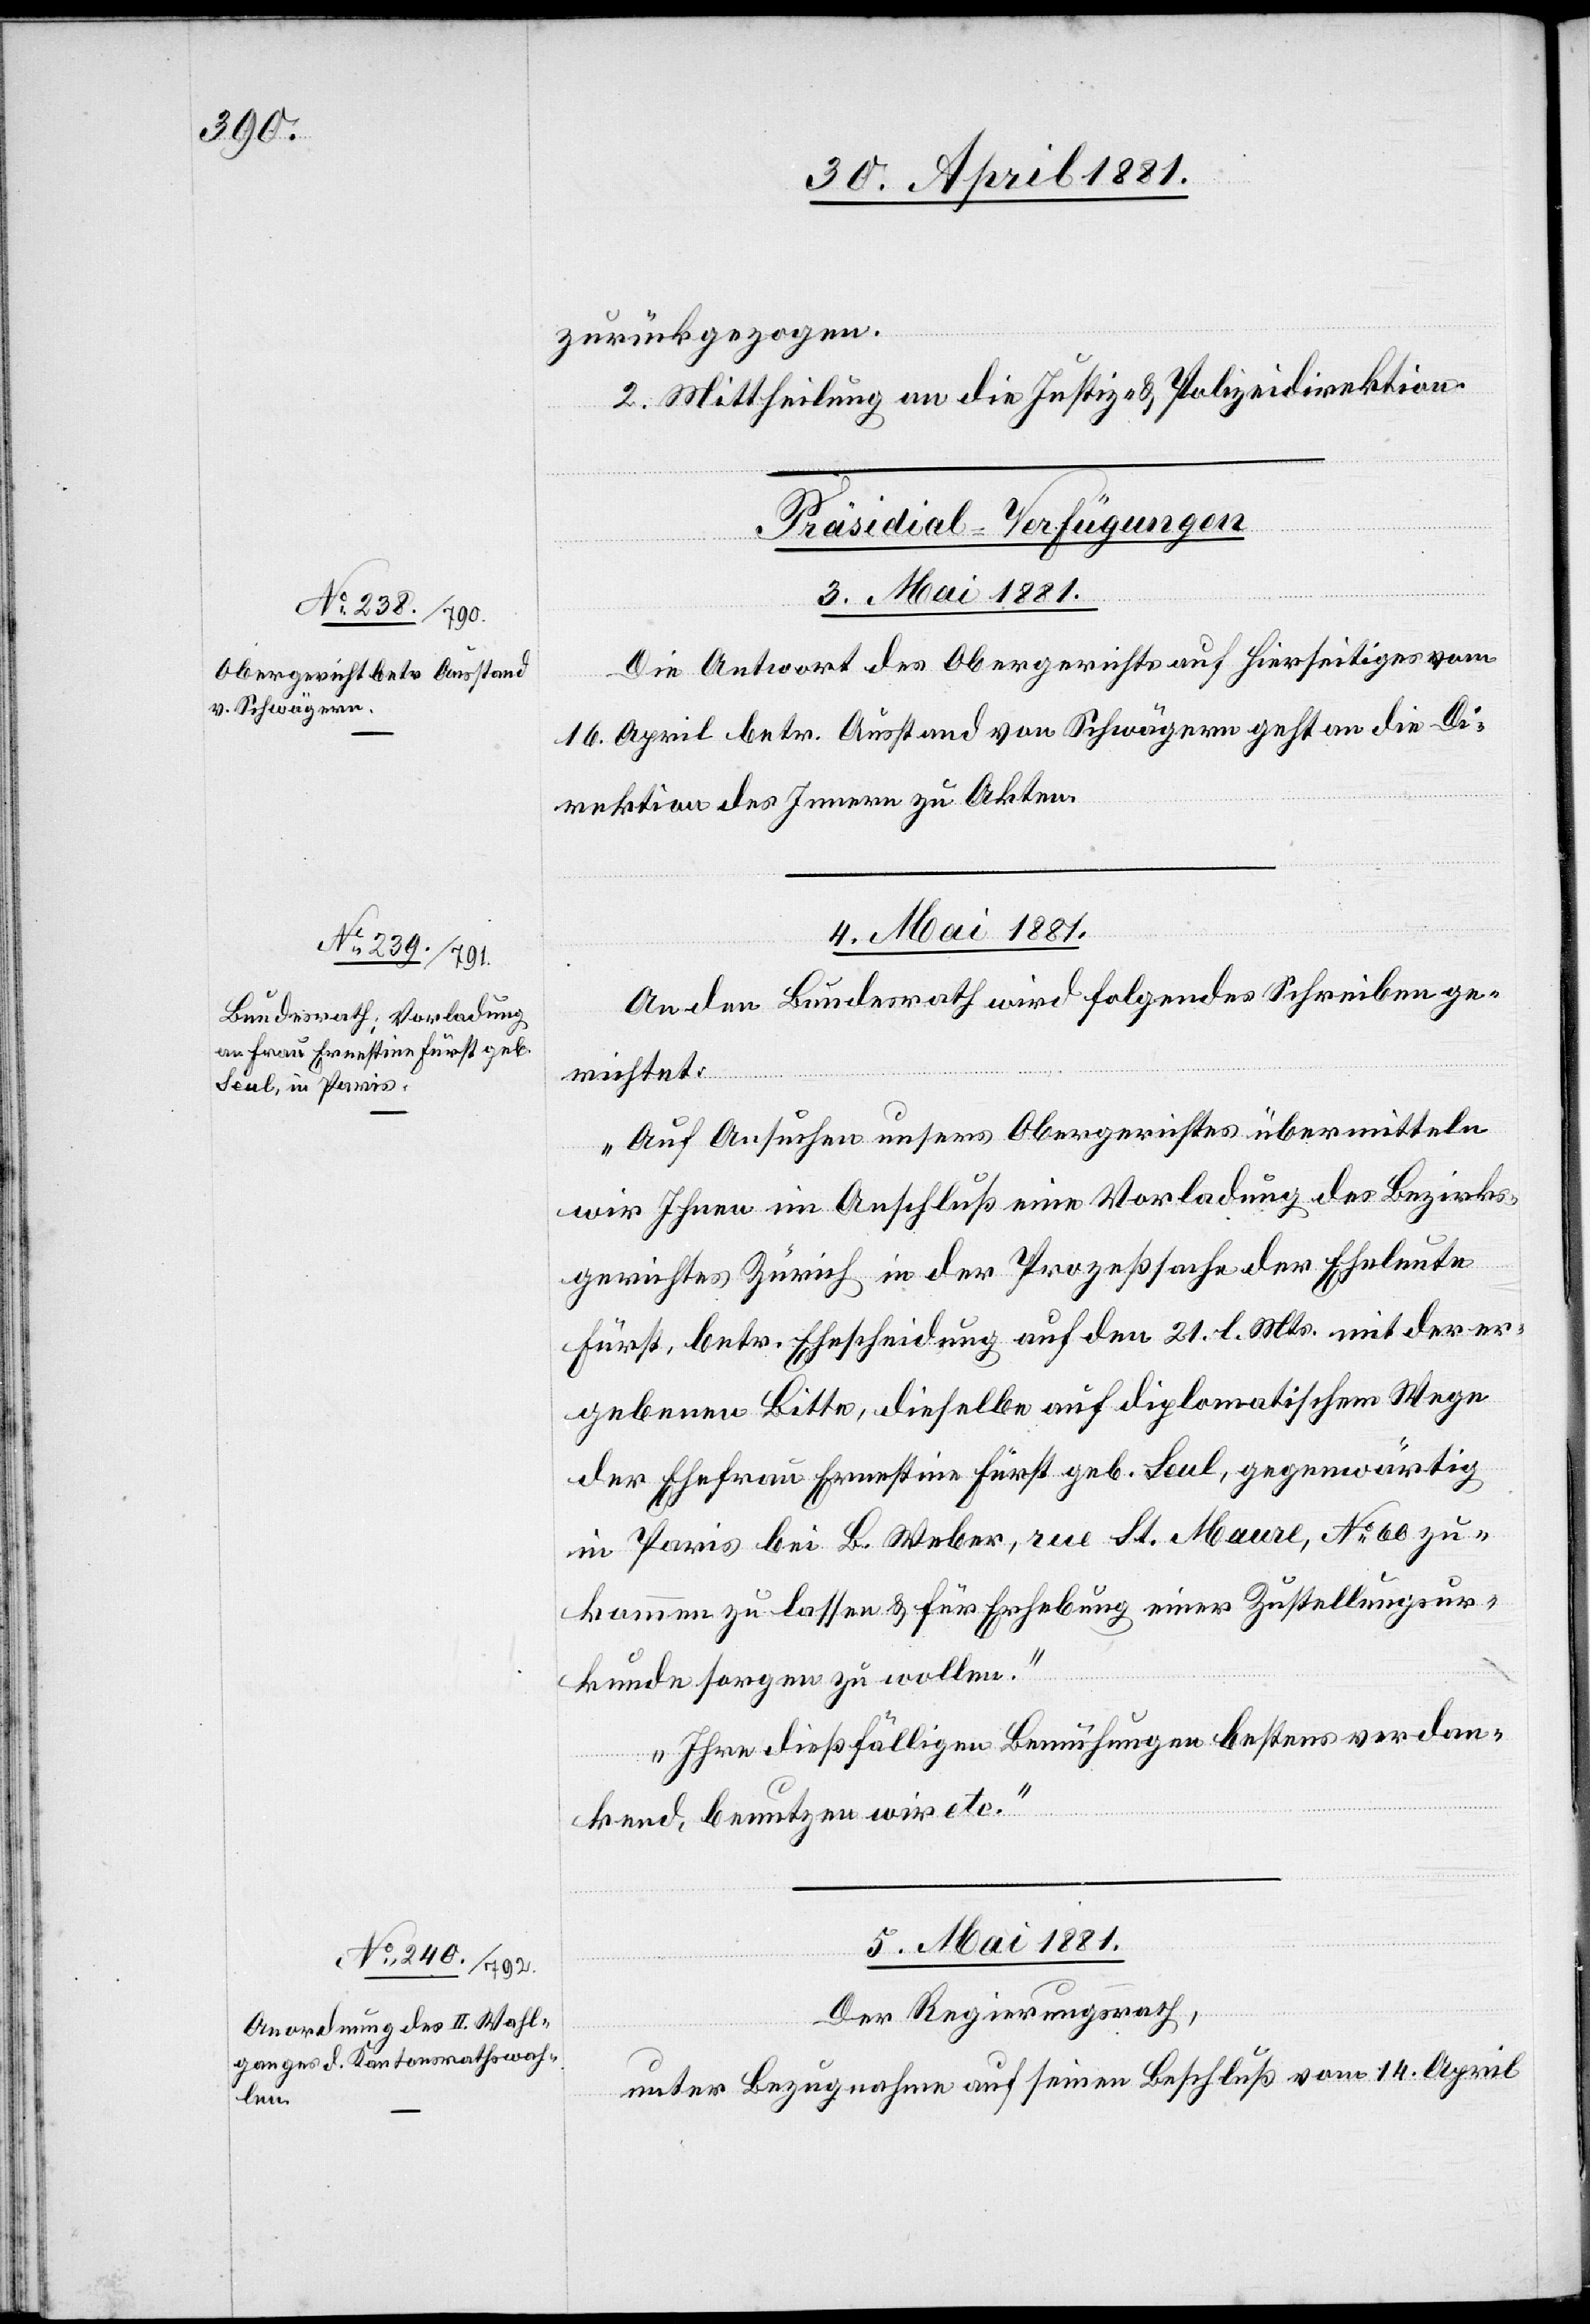
zurückgezogen.
II. Mittheilung an die Justiz- & Polizeidirektion.
14.
[Präsidial-Verfügungen]
3. Mai 1881.
Die Antwort des Obergerichtes auf Hierseitiges vom
16. April betr. Ausstand von Schwägern geht an die Di¬
rektion des Innern zu Akten.
4. Mai 1881
An den Bundesrath wird folgendes Schreiben ge¬
richtet:
„Auf Ansuchen unsers Obergerichtes übermitteln
wir Ihnen im Anschluß eine Vorladung des Bezirks¬
gerichtes Zürich in der Prozeßsache der Eheleute
Fürst, betr. Ehescheidung auf den 21. l. Mts. mit der er¬
gebenen Bitte, dieselbe auf diplomatischem Wege
der Ehefrau Ernestina Fürst geb. Seul, gegenwärtig
in Paris bei B. Weber, rue St. Maure, No 60 zu¬
kommen zu lassen & für Ehrhebung einer Zustellungsur¬
kunde sorgen zu wollen.
Ihre dießfälligen Bemühungen bestens verdan¬
kend, benutzen wir etc.“
5. Mai 1881
Der Regierungsrath,